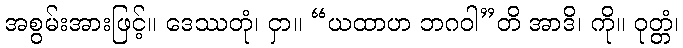
အစွမ်းအားဖြင့်။ ဒေဿတုံ၊ ငှာ။ “ယထာဟ ဘဂဝါ”တိ အာဒိ၊ ကို။ ဝုတ္တံ၊